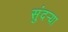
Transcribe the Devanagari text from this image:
सुंदर्‍या